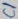
Text: C1